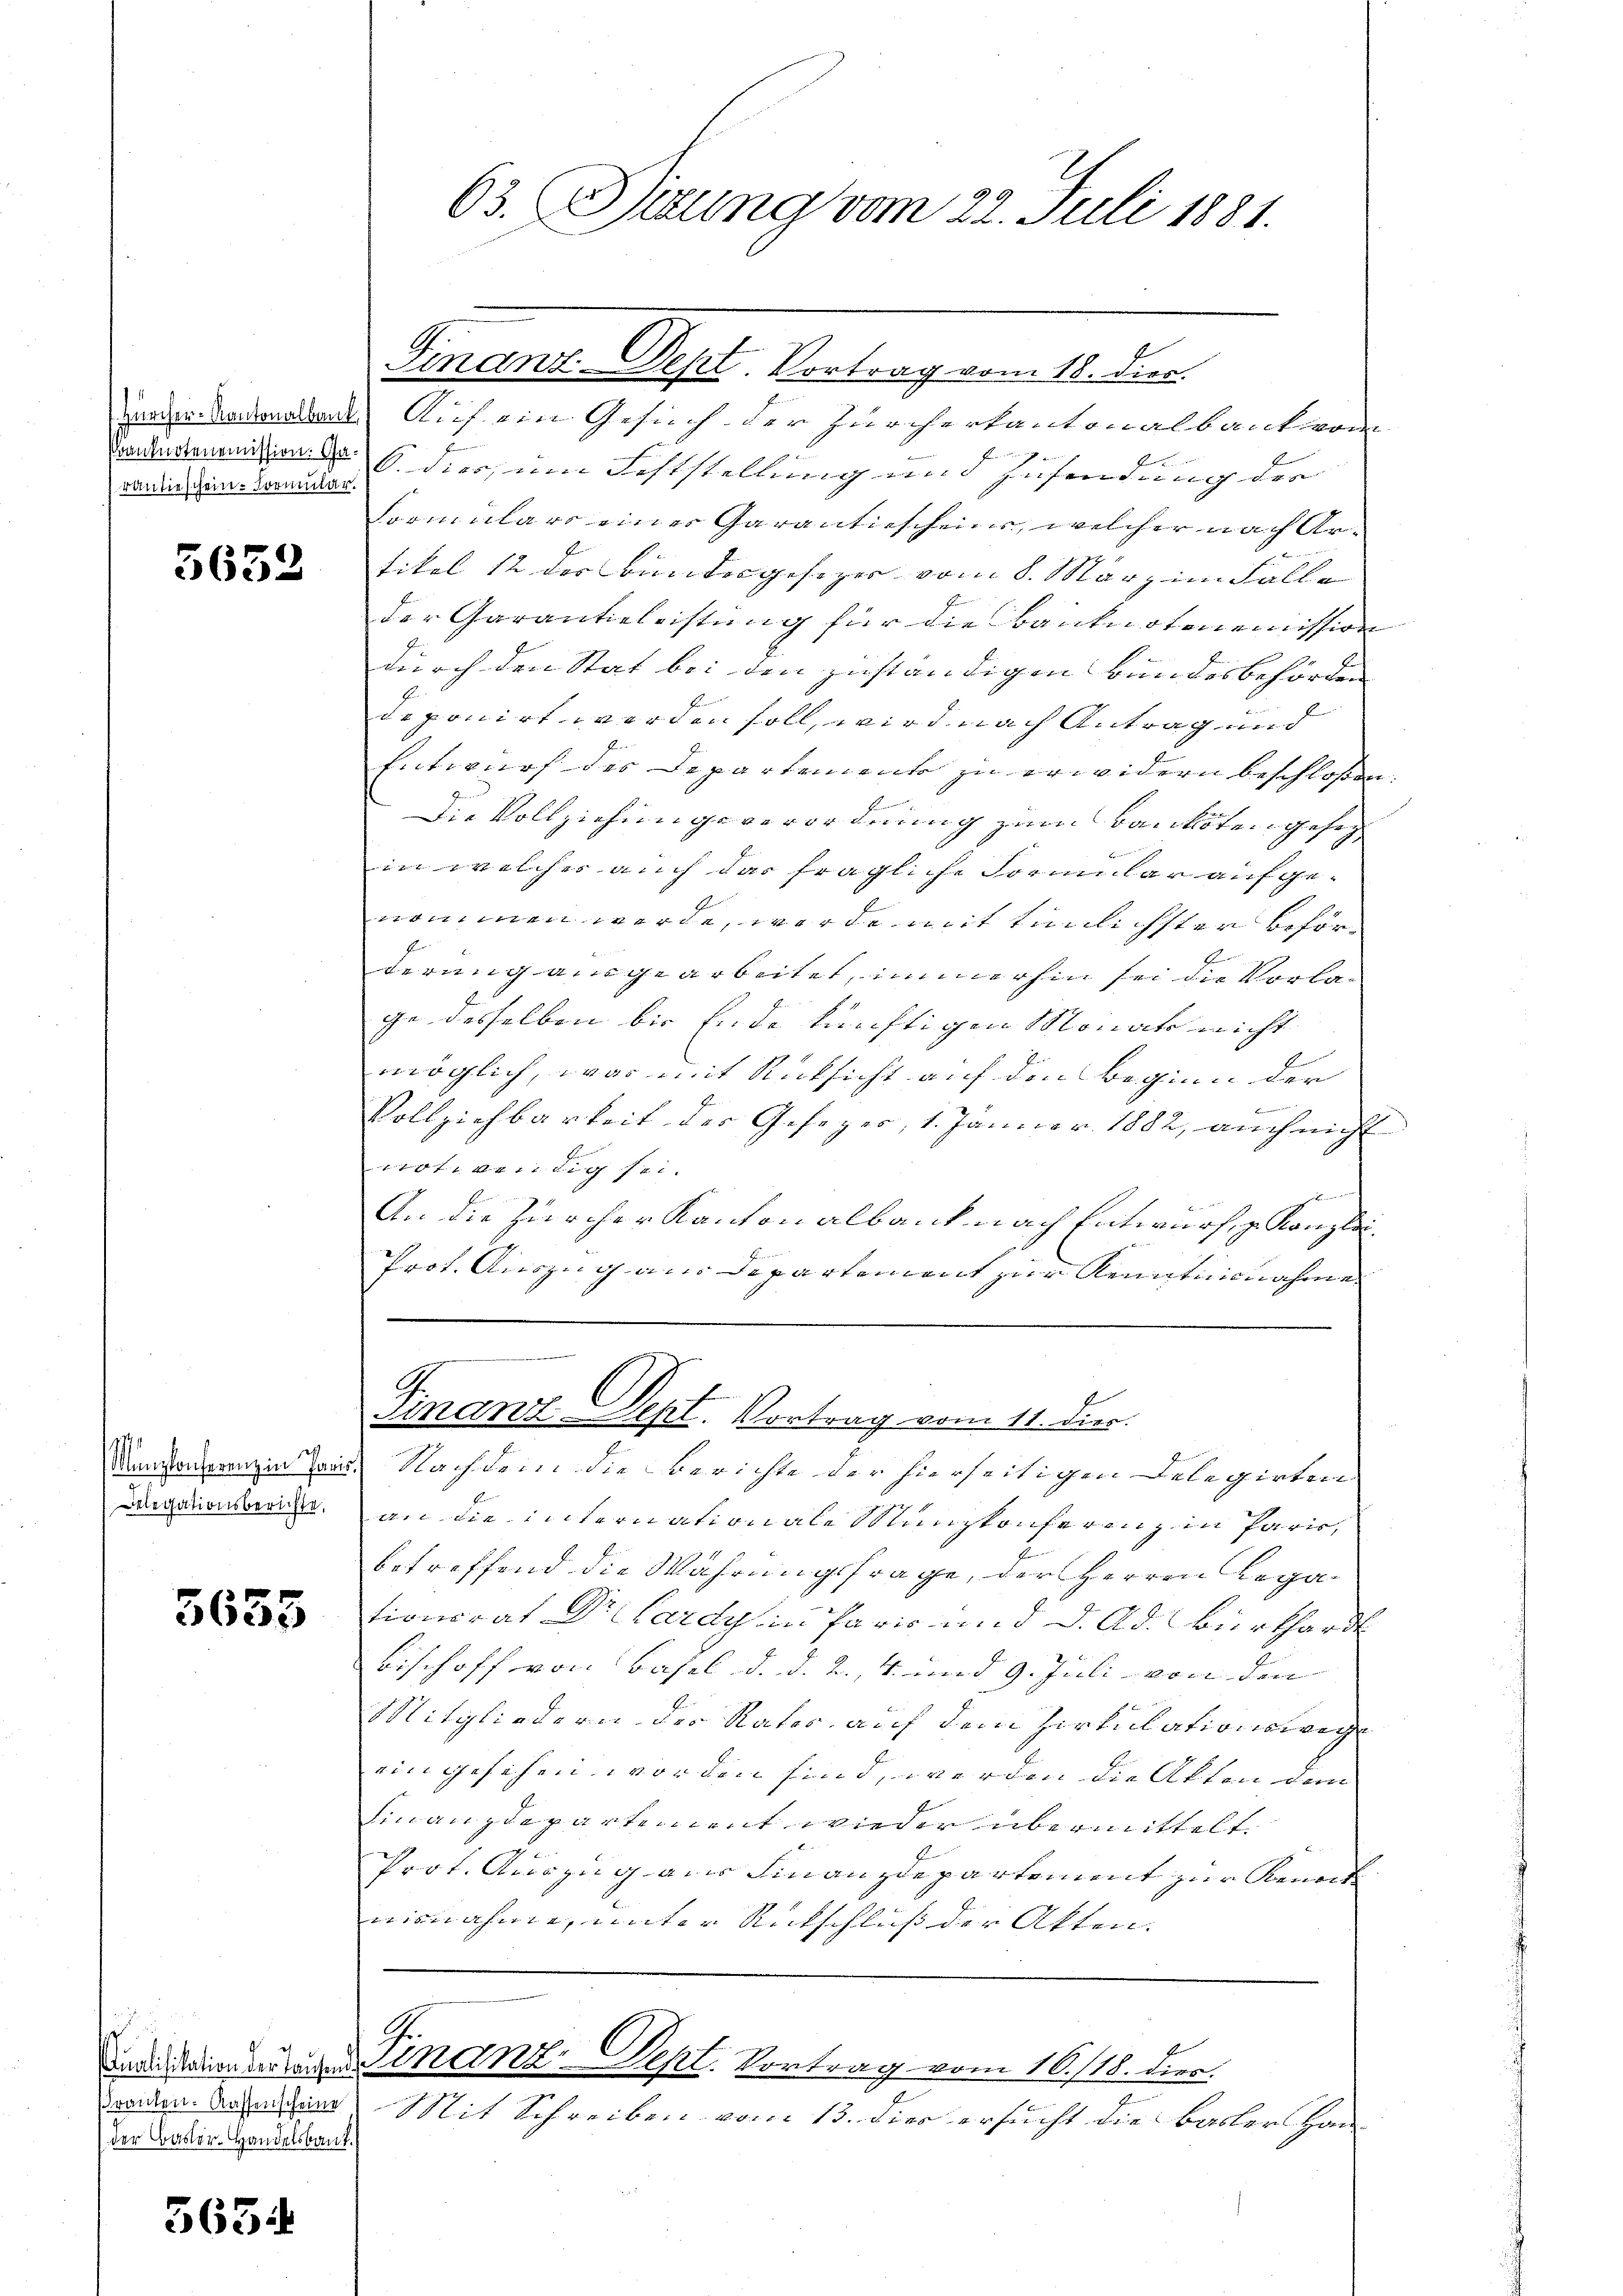
rantieschein-Formular.

5633

1
Delegationsberichte,

5635

1
Franken. Kassenscheine
der Basler-Handelsbaut.

5654

meine anden Auf ein Gesuch der Zürcherkantonalbank von
Badenen an dies zum Feststellung und Zusendung der
Formulars einer Garantiescheins, welcher nach Artikel 12 der Bundesgesoper vom 8. März im Falle |
der Garantieleistung für die Banknotonomission
durch den Stat bei den zuständigen Bundesbehörden |
deponirt werden soll, wird nach Antrag und
Entwurf des Departement zu erwidern beschlose
f
Die Vollziehungsverordnung zum Bankoten geseg
in welches auch das fragliche Formular aufge-
nommen werde, werde mit tümlichster Beförderung ausgearbeitet, immerhin sei die Vorlace desselben bis Ende künftigen Monats nicht
möglich, was mit Rücksicht auf den Beginn der

Vollziehbarkeit der Gesezer, 1. Januar 1882, auch nicht
notwendig sei.
An die Zürcher Kantonalbank nach Entwurf, z. Konglei¬
Prot. Auszug ain Departement zur Kenntnisnahme
Finanz Sept. Vortrag vom 11. Dier.
Manstanderenzen Tag. Nachdem die Berichte der hierseitigen Relegirten
an die internationale Münzkonferenz in Paris,
betreffend die Währungsfrage, der Herren Legationerat Dr. Lardy in Paris und d. Ad. Burkhardt
Bischoff von Basel d. d. 2. 4. und 9. Juli von den |
Mitgliedern der Nator auf dem Zirkulationswege
ein gesehen worden sind, werden die Akten dem
Finanzdepartement wieder übermittelt.
d
d
Prot. Auszug aus Finanzdepartement zur Renort |
misnahme, unter Rückschluß der Akten.

63. Sitzung vom 22. Juli 1881.

Finanz-Sept. Vortrag vom 18. dies.

G.
mandammanz. Sept. Vortrag vom 16./18. dies

Mit Schreiben vom 13. dies ersucht die Basler Han